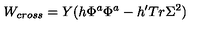
W _ { c r o s s } = Y ( h \Phi ^ { a } \Phi ^ { a } - h ^ { \prime } T r \Sigma ^ { 2 } )